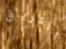
الترياق